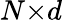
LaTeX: N{\times}d